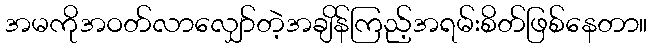
အမကိုအဝတ်လာလျှော်တဲ့အချိန်ကြည့်အရမ်းစိတ်ဖြစ်နေတာ။